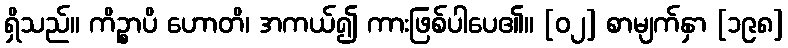
ရှိသည်။ ကိဉ္စာပိ ဟောတိ၊ အကယ်၍ ကားဖြစ်ပါပေ၏။ [၀၂] စာမျက်နှာ [၁၉၈]